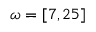
\omega = [ 7 , 2 5 ]